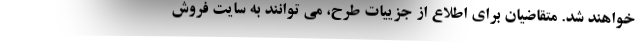
خواهند شد. متقاضیان برای اطلاع از جزییات طرح، می توانند به سایت فروش